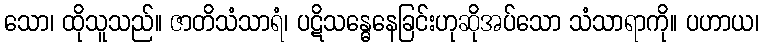
သော၊ ထိုသူသည်။ ဇာတိသံသာရံ၊ ပဋိသန္ဓေနေခြင်းဟုဆိုအပ်သော သံသာရာကို။ ပဟာယ၊